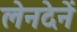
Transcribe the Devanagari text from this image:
लेनदेनें